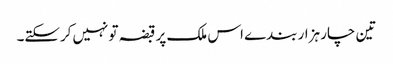
تین چار ہزار بندے اس ملک پر قبضہ تو نہیں‌کرسکتے۔